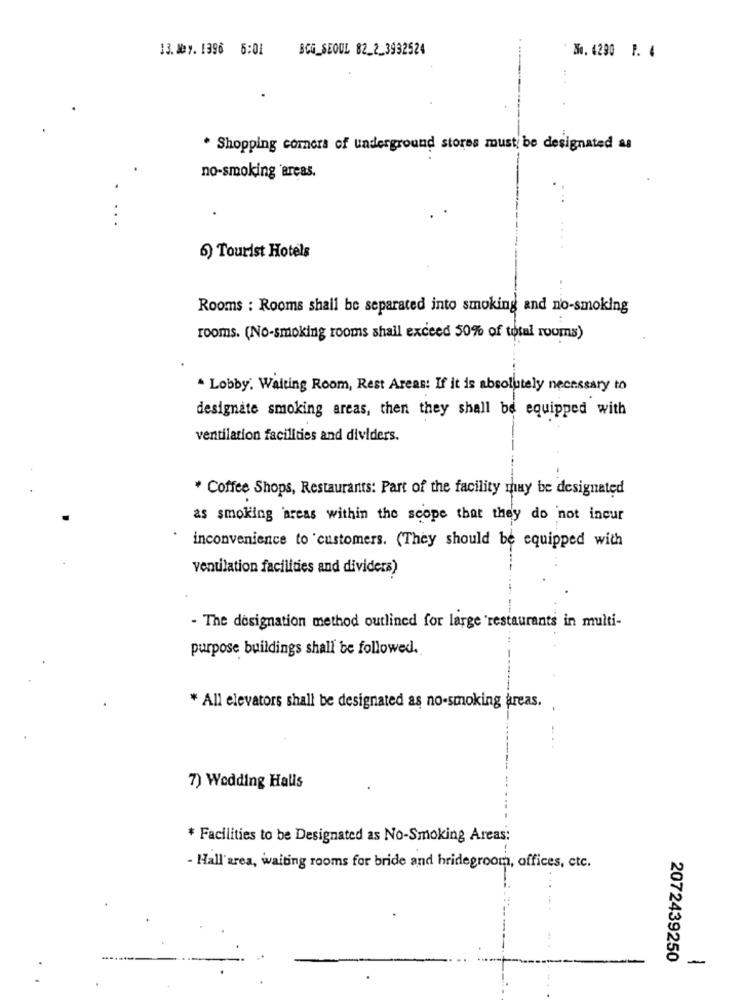
13. 107. 1396 5:01
BCG_SEOUL 82_2_3992524
30. 6290 1. 4
. Shopping corners of underground stores must be designated as
no-smoking 'areas.
6) Tourist Hotels
Rooms : Rooms shall be separated into smoking and no-smoking
rooms. (No-smoking rooms shall exceed 50% of total rooms)
Lobby. Waiting Room, Rest Areas: If it is absolutely necessary to
designate smoking areas, then they shall be equipped with
ventilation facilities and dividers.
* Coffee Shops, Restaurants: Part of the facility may be designated
as smoking areas within the scope that they do not incur
inconvenience to customers. (They should be equipped with
ventilation facilities and dividers)
- The designation method outlined for large restaurants in multi-
purpose buildings shall be followed.
* All elevators shall be designated as no-smoking areas.
7) Wedding Halls
* Facilities to be Designated as No-Smoking Areas:
- Hall'area, waiting rooms for bride and bridegroom, offices, etc.
2072439250
-